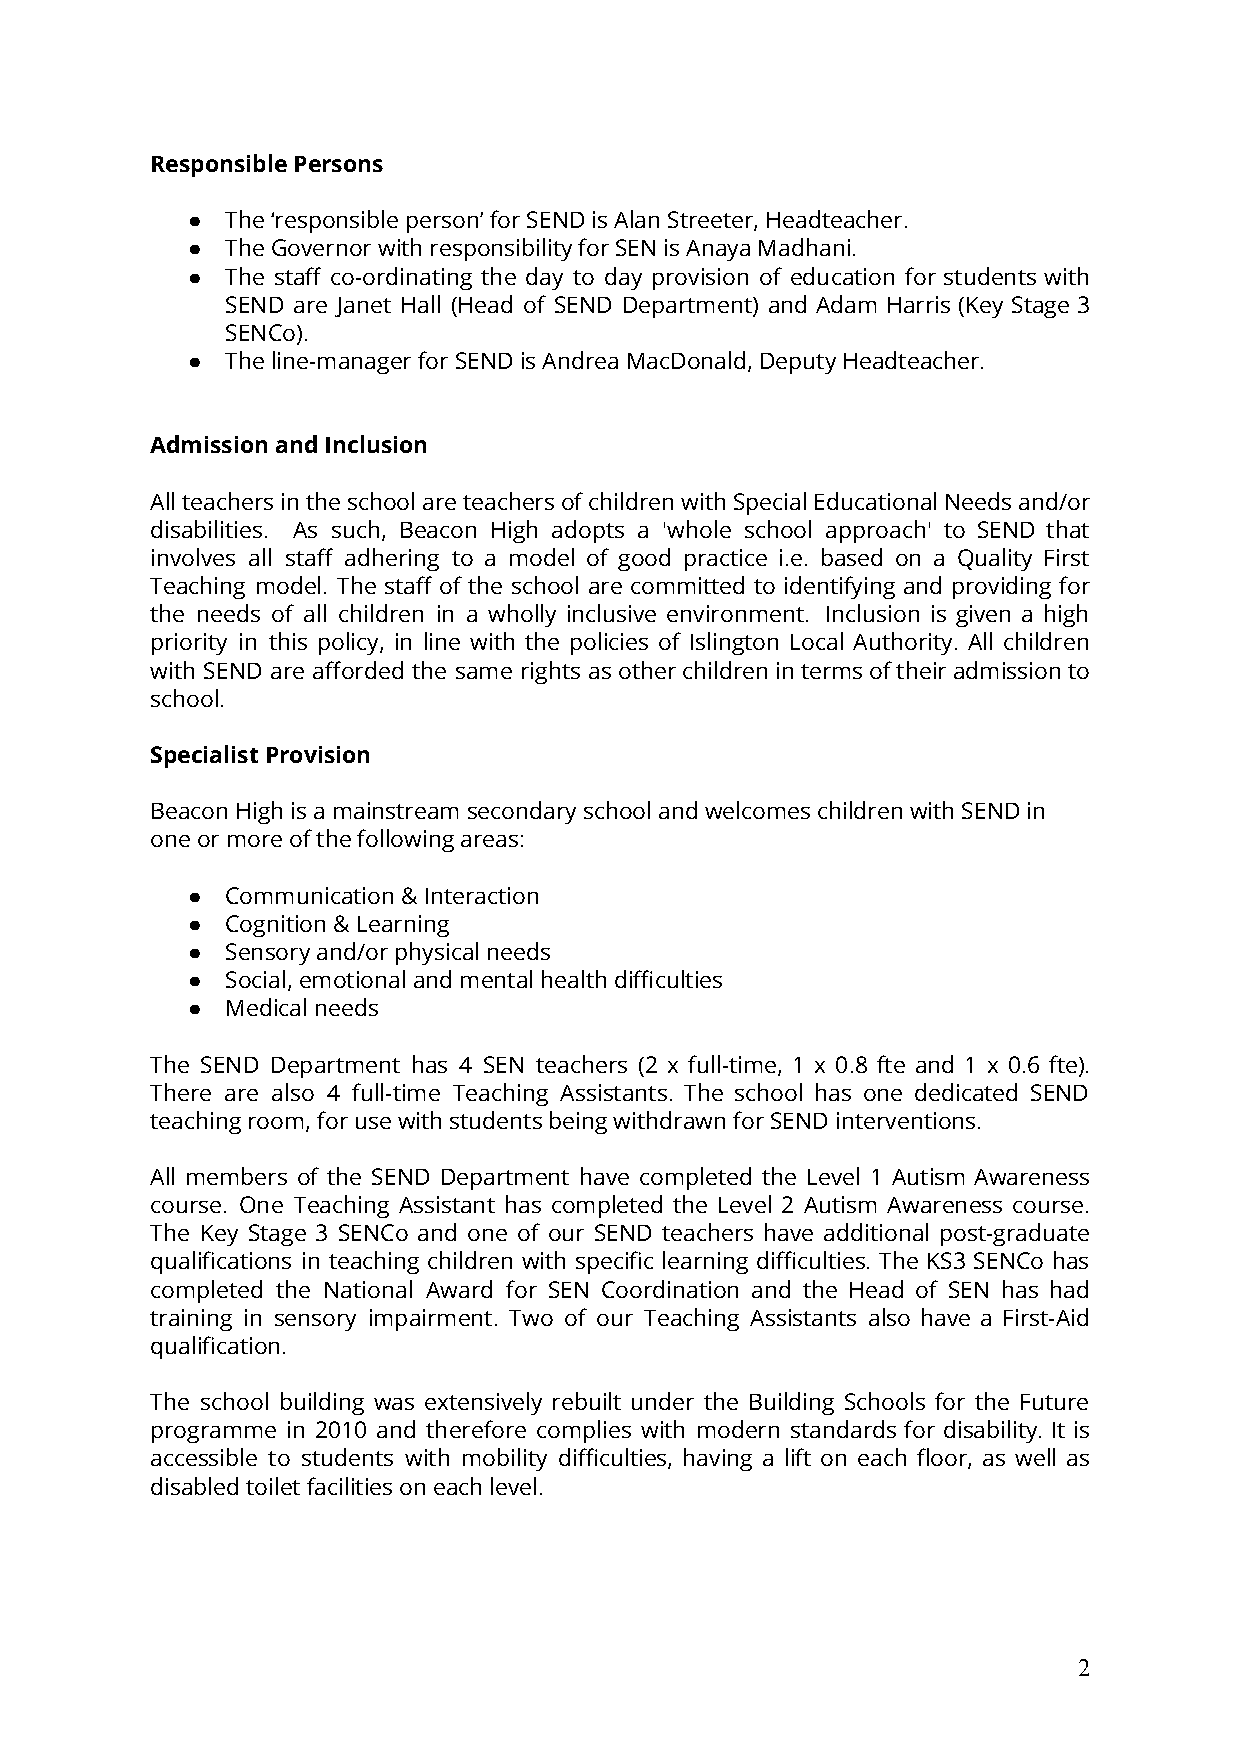
Responsible Persons
 ●  The ‘responsible person’ for SEND is Alan Streeter, Headteacher.
 ●  The Governor with responsibility for SEN is Anaya Madhani.
 ●  The staff co-ordinating the day to day provision of education for students with
 SEND are Janet Hall (Head of SEND Department) and Adam Harris (Key Stage 3
 SENCo).
 ●  The line-manager for SEND is Andrea MacDonald, Deputy Headteacher.
 Admission and Inclusion
 AllteachersintheschoolareteachersofchildrenwithSpecialEducationalNeedsand/or
 disabilities. As such, Beacon High adopts a 'whole school approach' to SEND that
 involves all staff adhering to a model of good practice i.e. based on a Quality First
 Teaching model. The staff of the school are committed to identifying and providing for
 the needs of all children in a wholly inclusive environment. Inclusion is given a high
 priority in this policy, in line with the policies of Islington Local Authority. All children
 with SEND are afforded the same rights asotherchildrenintermsoftheiradmissionto
 school.
 Specialist Provision
 Beacon High is a mainstream secondary school and welcomes children with SEND in
 one or more of the following areas:
 ●  Communication & Interaction
 ●  Cognition & Learning
 ●  Sensory and/or physical needs
 ●  Social, emotional and mental health difficulties
 ●  Medical needs
 The SEND Department has 4 SEN teachers (2 x full-time, 1 x 0.8 fte and 1 x 0.6 fte).
 There are also 4 full-time Teaching Assistants. The school has one dedicated SEND
 teaching room, for use with students being withdrawn for SEND interventions.
 All members of the SEND Department have completed the Level 1 Autism Awareness
 course. One Teaching Assistant has completed the Level 2 Autism Awareness course.
 The Key Stage 3 SENCo and one of our SEND teachers have additional post-graduate
 qualifications in teaching children with specific learning difficulties. The KS3 SENCo has
 completed the National Award for SEN Coordination and the Head of SEN has had
 training in sensory impairment. Two of our Teaching Assistants also have a First-Aid
 qualification.
 The school building was extensively rebuilt under the Building Schools for the Future
 programme in 2010 and therefore complies with modern standards for disability. It is
 accessible to students with mobility difficulties, having a lift on each floor, as well as
 disabled toilet facilities on each level.
 2